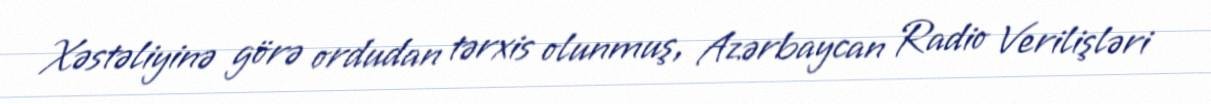
Xəstəliyinə görə ordudan tərxis olunmuş, Azərbaycan Radio Verilişləri